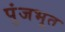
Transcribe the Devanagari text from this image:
पुंजभूत